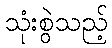
သုံးစွဲသည့်